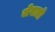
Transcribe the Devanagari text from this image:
जेराडो